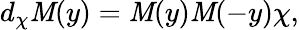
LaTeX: d_{\chi}\mathit{M}(y)=\mathit{M}(y)\mathit{M}(-y)\chi,